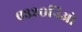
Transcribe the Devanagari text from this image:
ए३२०निओ